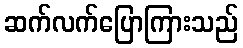
ဆက်လက်ပြောကြားသည်